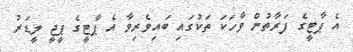
އެ ޕާޓީގެ ފަރާތުން ވާހަކަ ތަކުގައި ބައިވެރިވާ އެ ޕާޓީގެ ޕީޖީ ލީޑަރު